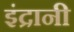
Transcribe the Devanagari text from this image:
इंद्रानी